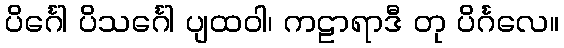
ပိင်္ဂေါ ပိသင်္ဂေါ ပျထဝါ၊ ကဠာရာဒီ တု ပိင်္ဂလေ။